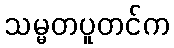
သမ္မတပူတင်က